画像に写った文字を読んでください
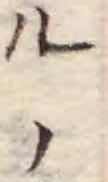
「ルノ」と書いてあります